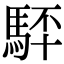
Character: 䮆